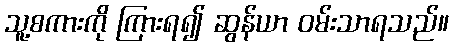
သူ့စကားကို ကြားရ၍ ဆွန်ယာ ဝမ်းသာရသည်။